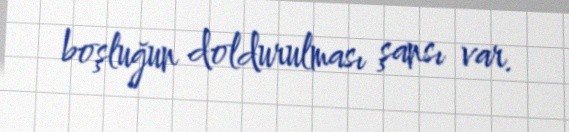
boşluğun doldurulması şansı var.